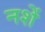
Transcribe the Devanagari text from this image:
नशें